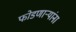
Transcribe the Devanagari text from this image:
फोडणाऱ्यांना